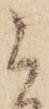
被